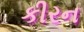
કીરન